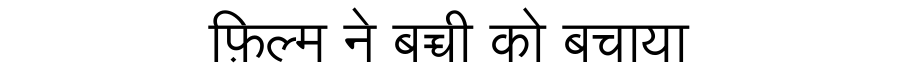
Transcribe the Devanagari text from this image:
फ़िल्म ने बच्ची को बचाया